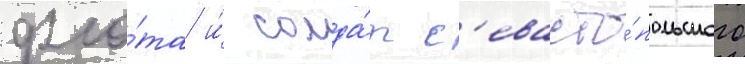
фло́та и́ солда́т с'евасто́польского